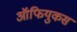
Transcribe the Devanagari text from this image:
ऑफियुकस